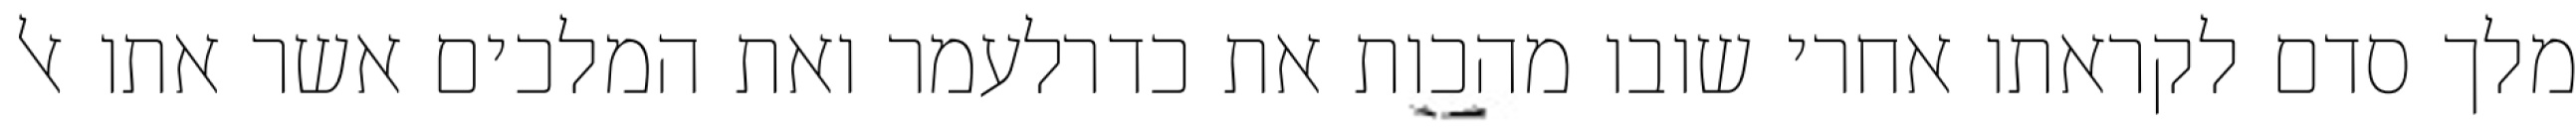
מלך סדם לקראתו אחרי שובו מהכות את כדרלעמר ואת המלכים אשר אתו אל